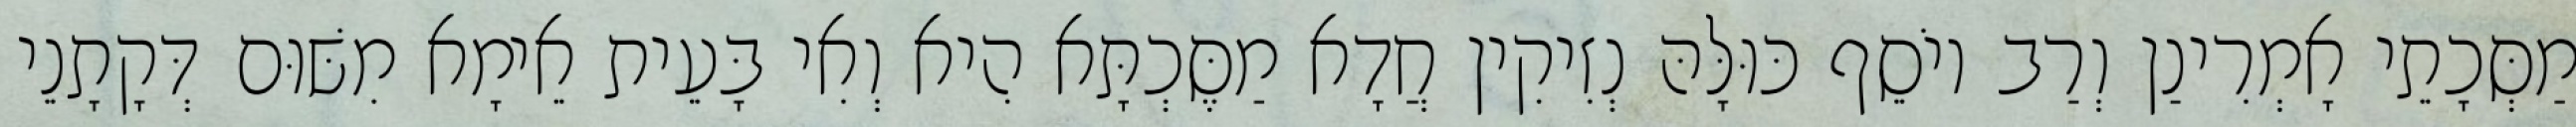
מַסְּכָתֵי אָמְרִינַן וְרַב יוֹסֵף כּוּלָּהּ נְזִיקִין חֲדָא מַסֶּכְתָּא הִיא וְאִי בָּעֵית אֵימָא מִשּׁוּם דְּקָתָנֵי